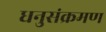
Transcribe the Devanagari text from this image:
धनुसंक्रमण